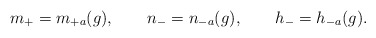
\begin{align*}m_+ = m_{+a}(g), \qquad n_- = n_{-a}(g), \qquad h_- = h_{-a}(g).\end{align*}